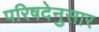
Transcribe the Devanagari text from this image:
परिषदेनुसार